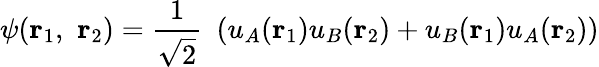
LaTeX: \psi(\mathbf{r}_{1},\, \, \mathbf{r}_{2})={\frac{1}{\sqrt{2}}}\, \, \left(u_{A}(\mathbf{r}_{1})u_{B}(\mathbf{r}_{2})+u_{B}(\mathbf{r}_{1})u_{A}(\mathbf{r}_{2})\right)